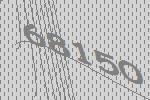
68150